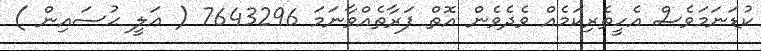
ކުޑަނަމަވެސް އެހީތެރިކަމެއް ވެދެވެން އޮތް ފަރާތެއްވާނަމަ 7643296 ( ޢަލީ ޙުސައިން )